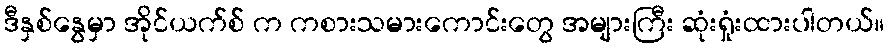
ဒီနှစ်နွေမှာ အိုင်ယက်စ် က ကစားသမားကောင်းတွေ အများကြီး ဆုံးရှုံးထားပါတယ်။